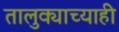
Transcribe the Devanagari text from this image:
तालुक्याच्याही